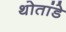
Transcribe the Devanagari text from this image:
थोतांडे